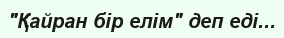
"Қайран бір елім" деп еді...